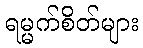
ရမ္မက်စိတ်များ